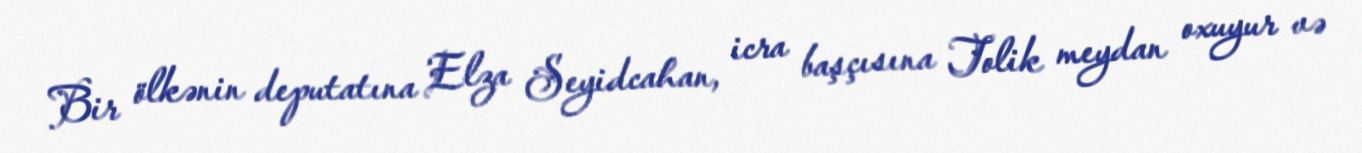
Bir ölkənin deputatına Elza Seyidcahan, icra başçısına Tolik meydan oxuyur və